Document type: Oath
Year: 1447
Scribe: Pere Figuerola
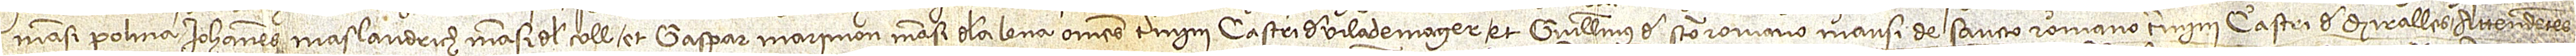
mansi Polina, Iohannes Maslandrich, mansi del Coll, et Gaspar Marimon, mansi de la Lena, omnes termini castri de Vilademager, et Guillelmus de Sancto Romano, mansi de Sancto Romano, termini castri de Miralles, attendentes